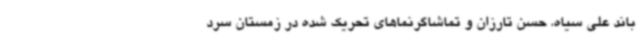
باند علی سیاه، حسن تارزان و تماشاگرنماهای تحریک شده در زمستان سرد